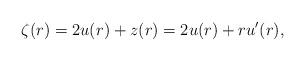
LaTeX: \begin{align*} \zeta (r) = 2 u (r) + z (r) = 2 u (r) + r u' (r),\end{align*}